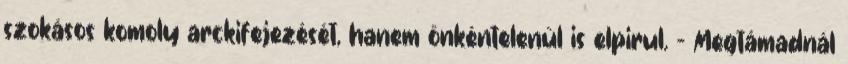
szokásos komoly arckifejezését, hanem önkéntelenül is elpirul. - Megtámadnál